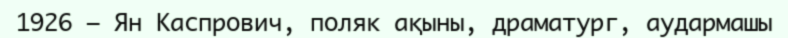
1926 — Ян Каспрович, поляк ақыны, драматург, аудармашы